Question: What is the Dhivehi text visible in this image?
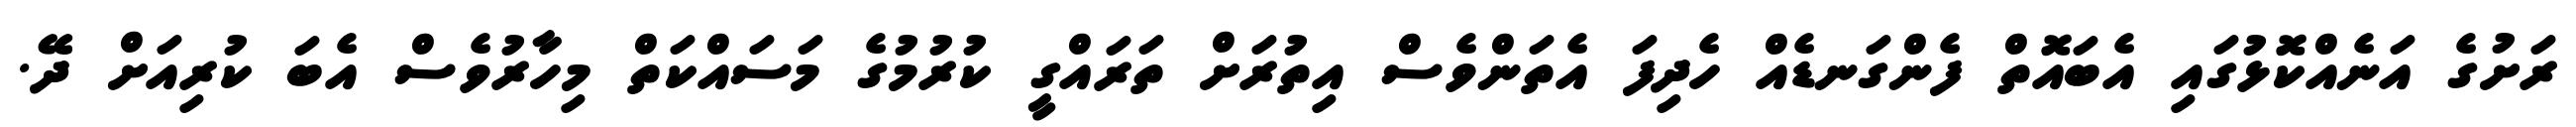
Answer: ރަށުގެ އަނެއްކޮޅުގައި އެބައޮތް ފެންގަނޑެއް ހެދިފަ އެތަންވެސް އިތުރަށް ތަރައްގީ ކުރުމުގެ މަސައްކަތް މިހާރުވެސް އެބަ ކުރިއަށް ދޭ.